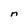
Character: n